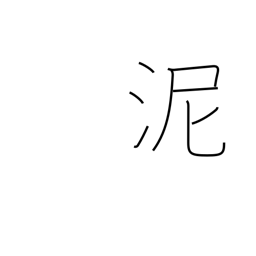
Meaning: mud